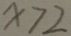
x > 2